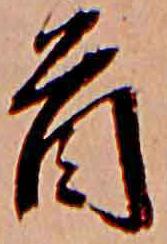
首